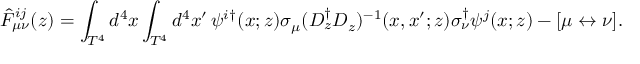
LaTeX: \hat { F } _ { \mu \nu } ^ { i j } ( z ) = \int _ { T ^ { 4 } } d ^ { 4 } x \int _ { T ^ { 4 } } d ^ { 4 } x ^ { \prime } \, \psi ^ { i } { } ^ { \dagger } ( x ; z ) \sigma _ { \mu } ( D _ { z } ^ { \dagger } D _ { z } ) ^ { - 1 } ( x , x ^ { \prime } ; z ) \sigma _ { \nu } ^ { \dagger } \psi ^ { j } ( x ; z ) - [ \mu \leftrightarrow \nu ] .